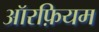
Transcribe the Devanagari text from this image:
ऑरफ़ियम